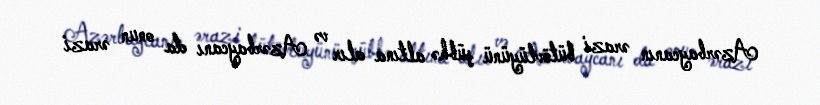
Azərbaycanın ərazi bütövlüyünü şübhə altına alır və Azərbaycanı da onun ərazi